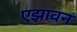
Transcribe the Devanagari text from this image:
एझावन